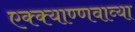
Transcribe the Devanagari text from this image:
एक्क्याण्णवाव्या